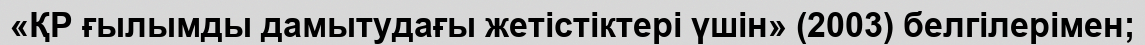
«ҚР ғылымды дамытудағы жетістіктері үшін» (2003) белгілерімен;